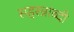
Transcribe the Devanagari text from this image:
सहस्‍त्राब्दी